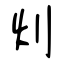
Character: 灲